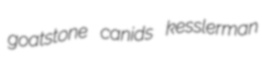
goatstone canids kesslerman